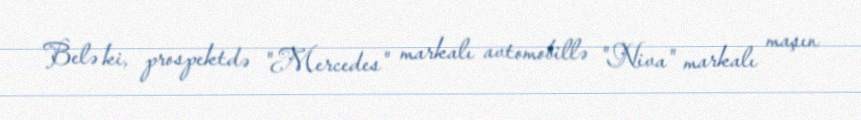
Belə ki, prospektdə "Mercedes" markalı avtomobillə "Niva" markalı maşın